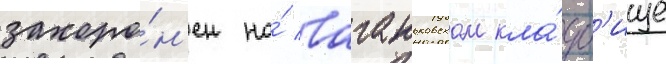
захоро́н'ен на́ ваганьковском кла́дб'ище